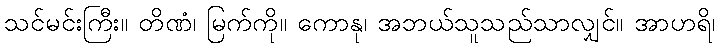
သင်မင်းကြီး။ တိဏံ၊ မြက်ကို။ ကောနု၊ အဘယ်သူသည်သာလျှင်။ အာဟရိ၊